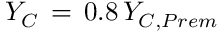
Y _ { C } \, = \, 0 . 8 \, Y _ { C , P r e m }